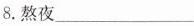
8.熬夜___